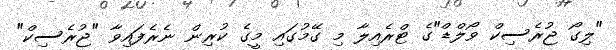
"ލިގޯ ޖުރެސިކް ވޯލްޑް"ގެ ޓްރެއިލާ މި ގޭމުގައި މީގެ ކުރިން ނެރެފައިވާ "ޖުރެސިކް"